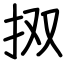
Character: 㧐